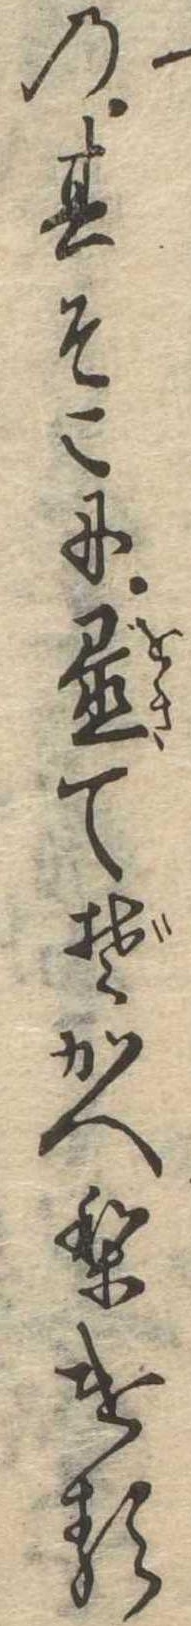
の其そこに置てぞかへりける